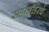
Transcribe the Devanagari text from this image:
सहानंतरचे